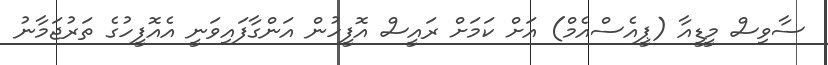
ސާވިސް މީޑީއާ (ޕީއެސްއެމް) އަށް ކަމަށް ރައީސް އޮފީހުން އަންގާފައިވަނީ އެއޮފީހުގެ ތަރުޖަމާނު